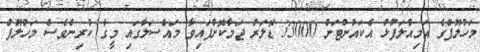
މަހުލޫފްގެ އަމިއްލަފުޅު އެކައުންޓަށް 33000 ޑޮލަރު ޖަމާކޮށްފައިވާ މައްސަލާގައި މީގެ ކުރިންވެސް މަހުލޫފް